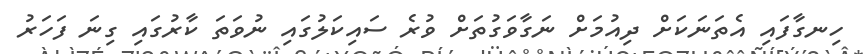
ހިނގާފައި އެތަނަކަށް ދިއުމަށް ނަގާވަގުތަށް ވުރެ ސައިކަލުގައި ނުވަތަ ކާރުގައި ގިނަ ފަހަރު